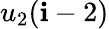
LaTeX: u_{2}(\mathbf{i}-2)